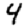
Digit: 4